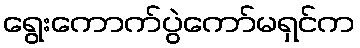
ရွေးကောက်ပွဲကော်မရှင်က